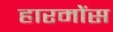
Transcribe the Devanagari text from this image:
हारमोंस